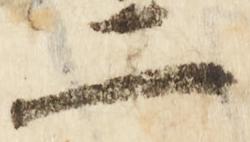
二